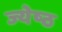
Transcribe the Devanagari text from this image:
ज्‍येष्‍ठ